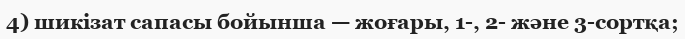
4) шикізат сапасы бойынша — жоғары, 1-, 2- және 3-сортқа;